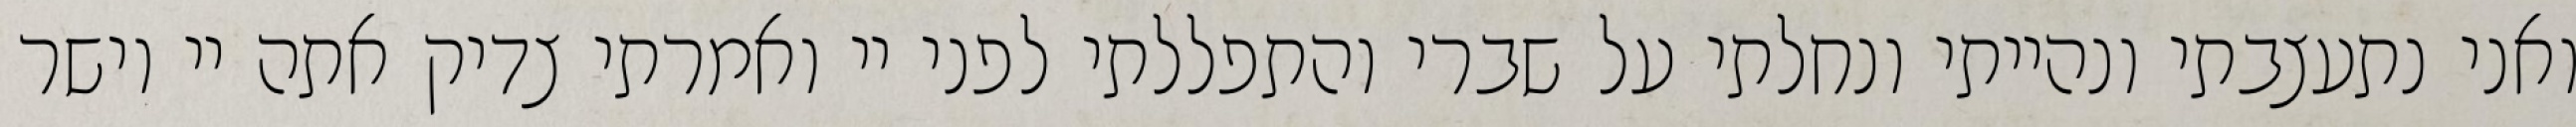
ואני נתעצבתי ונהייתי ונחלתי על שברי והתפללתי לפני יי ואמרתי צדיק אתה יי וישר